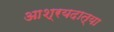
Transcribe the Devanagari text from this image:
आश्रयदात्या